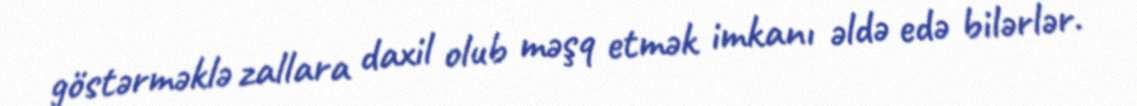
göstərməklə zallara daxil olub məşq etmək imkanı əldə edə bilərlər.